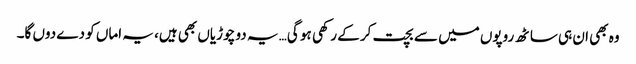
وہ بھی ان ہی ساٹھ روپوں میں سے بچت کر کے رکھی ہو گی… یہ دو چوڑیاں بھی ہیں، یہ اماں کو دے دوں گا۔